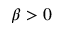
\beta > 0